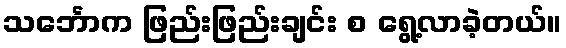
သင်္ဘောက ဖြည်းဖြည်းချင်း စ ရွေ့လာခဲ့တယ်။